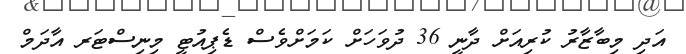
އަދި މިބާޒާރު ކުރިއަށް ދާނީ 36 ދުވަހަށް ކަމަށްވެސް ޑެޕިއުޓީ މިނިސްޓަރ އާދަމް